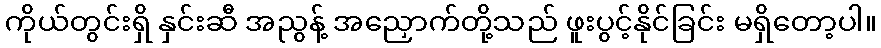
ကိုယ်တွင်းရှိ နှင်းဆီ အညွန့် အညှောက်တို့သည် ဖူးပွင့်နိုင်ခြင်း မရှိတော့ပါ။